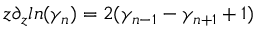
z \partial _ { z } l n ( \gamma _ { n } ) = 2 ( \gamma _ { n - 1 } - \gamma _ { n + 1 } + 1 )